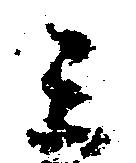
ミ